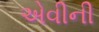
એવીની